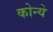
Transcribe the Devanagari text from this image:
कोन्ये